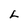
Character: L